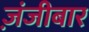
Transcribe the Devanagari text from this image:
ज़ंजीबार